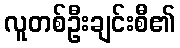
လူတစ်ဦးချင်းစီ၏